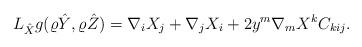
LaTeX: \begin{align*}L_{\hat X}g(\varrho\hat Y,\varrho\hat Z)=\nabla_iX_j+\nabla_jX_i+2y^m\nabla_mX^kC_{kij}.\end{align*}